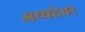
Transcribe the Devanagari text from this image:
अय्यदेवर